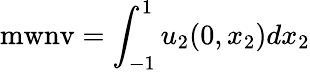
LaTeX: \mathrm{mwnv}=\int_{-1}^{1}u_{2}(0,x_{2})dx_{2}